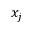
x _ { j }